Annual statistical returns and brief notes on vaccination in Bengal - 1896-1909
Year: 1896
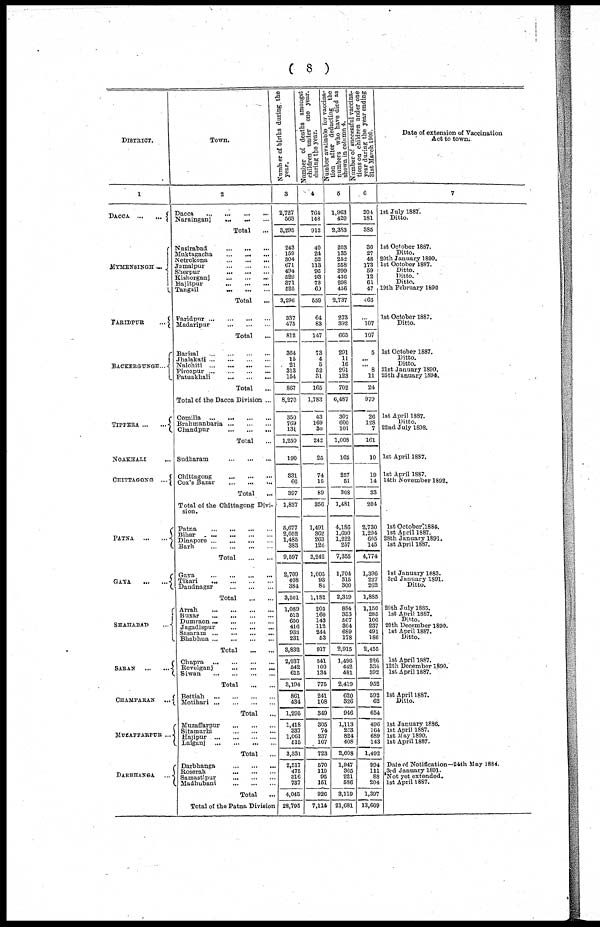
( 8 )
DISTRICT.
1
DACCA
...
...
MYMENSINGH ...
FARIDPUR
...
BACKERGUNGE...
TIPPERA
...
...
NOAKHALI ...
CHITTAGONG ...
PATNA
...
...
GAYA ... ...
SHAHABAD
...
SARAN
...
...
CHAMPARAN ...
MULAFFARPUR ...
DARBHANGA ...
Town.
2
Dacca
...
...
...
...
Narainganj
...
...
...
Total ...
Nasirabad
...
...
...
Muktagacha
...
...
...
Netrokona
...
...
...
Jamalpur
...
...
...
Sherpur
...
...
...
Kishorganj ... ... ...
Bajitpur
...
...
...
Tangail
...
...
...
Total
...
Faridpur
...
...
...
...
Madaripur
...
...
...
Total ...
Barisal
...
...
...
...
Jhalakati
...
...
...
...
Nalchiti
...
...
...
...
Pirozpur...
...
...
...
Patuakhali
...
...
...
Total ...
Total of the Dacca Division ...
Camilla
...
...
...
...
Brahmanbaria
...
...
...
Chandpur
...
...
...
Total ...
Sudharam
...
...
...
Chittagong
...
...
...
Cox's Bazar
...
...
...
Total ...
Total of the Chittagong Divi-
sion.
Patna
...
...
...
...
Bihar ... ... ... ...
Dinapore
...
...
...
...
Barh
...
...
...
...
Total ... ...
Gaya
...
...
...
...
Tikari
...
...
...
...
Daudnagar
...
...
...
Total
...
...
Arrah ... ... ... ...
Buxar
...
...
...
...
Dumraon
...
...
...
...
Jagadispur
...
...
...
Sasaram
...
...
...
...
Bhabhua
...
...
...
...
Total
...
...
Chapra
...
...
...
...
Revelganj
...
...
...
Siwan
...
...
...
...
Total
...
...
Bettiah
...
...
...
...
Motihari
...
...
...
...
Total ...
Muzaffarpur
...
...
...
Sitamarhi
...
...
...
Hajipur
...
...
...
...
Lalganj
...
...
...
...
Total ...
Darbhanga
...
...
...
Roserah
...
...
...
Samastipur
...
...
...
Madhubani
...
...
...
Total ...
Total of the Patna Division
Number of births during the
year.
3
2,727
568
3,295
243
159
304
671
494
529
371
525
3,296
337
475
812
364
15
21
313
154
867
8,270
350
769
131
1,250
190
331
66
397
1,837
5,677
2,052
1,485
383
9,597
2,709
408
384
3,501
1,089
513
650
416
933
231
3,832
2,037
542
615
3,194
861
434
1,295
1,418
337
1,061
515
3,331
2,517
475
316
737
4,045
28,795
Number of deaths amongst
children under one year.
during the year.
4
764
148
912
40
24
52
113
95
93
73
69
559
64
83
147
73
4
5
52
31
165
1,783
43
169
30
242
25
74
15
89
356
1,491
362
263
126
2,242
1,005
93
84
1,182
205
160
143
112
244
53
917
541
100
134
775
241
108
349
305
74
237
107
723
570
110
95
151
926
7,114
Number available for vaccina-
tion after deducting the
numbers who have died as
shown in column 4.
5
1,963
420
2,383
203
135
252
558
399
436
298
456
2,737
273
392
665
291
11
16
261
123
702
6,487
307
600
101
1,008
165
257
51
308
1,481
4,186
1,690
1,222
257
7,355
1,704
315
300
2,319
884
353
507
304
689
178
2,915
1,496
442
481
2,419
620
326
946
1,113
263
824
408
2,608
1,947
365
221
586
3,119
21,681
Number of successful vaccina¬
tions on children under one
year during the year ending
31st March 1900.
6
204
181
385
36
27
48
173
59
12
61
47
463
...
107
107
5
...
...
8
11
24
979
26
128
7
161
10
19
14
33
204
2,730
1,294
605
145
4,774
1,396
227
262
1,885
1,150
285
106
237
491
186
2,455
226
334
392
952
592
62
654
496
164
689
143
1,492
994
111
88
204
1,397
13,609
Date of extension of Vaccination
Act to town.
7
1st July 1887.
Ditto.
1st October 1887.
Ditto.
20th January 1890.
1st October 1887.
Ditto.
Ditto.
Ditto.
19th February 1890.
1st October 1887.
Ditto.
1st October 1887.
Ditto.
Ditto.
21st January 1890.
25th January 1894.
1st April 1887.
Ditto.
22nd July 1898.
1st April 1887.
1st April 1887.
14th November 1892.
1st October 1884.
1st April 1887.
28th January 1891.
1st April 1887.
1st January 1883.
3rd January 1891.
Ditto.
20th July 1885.
1st April 1887.
Ditto.
20th December 1890.
1st April 1887.
Ditto.
1st April 1887.
12th December 1890.
1st April 1887.
1st April 1887.
Ditto.
1st January 1886.
1st April 1887.
1st May 1890.
1st April 1887.
Date of Notification—24th May 1884.
3rd January 1891.
Not yet extended.
1st April 1887.